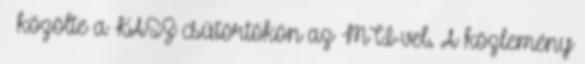
– közölte a KASZ csütörtökön az MTI-vel. A közlemény